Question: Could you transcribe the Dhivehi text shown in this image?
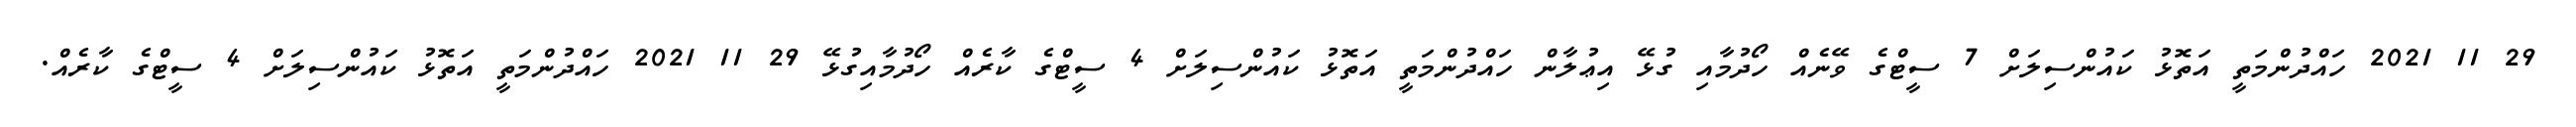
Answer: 29 11 2021 ހައްދުންމަތީ އަތޮޅު ކައުންސިލަށް 7 ސީޓްގެ ވޭނެއް ހޯދުމާއި ގުޅޭ އިޢުލާން ހައްދުންމަތީ އަތޮޅު ކައުންސިލަށް 4 ސީޓްގެ ކާރެއް ހޯދުމާއިގުޅޭ 29 11 2021 ހައްދުންމަތީ އަތޮޅު ކައުންސިލަށް 4 ސީޓްގެ ކާރެއް.